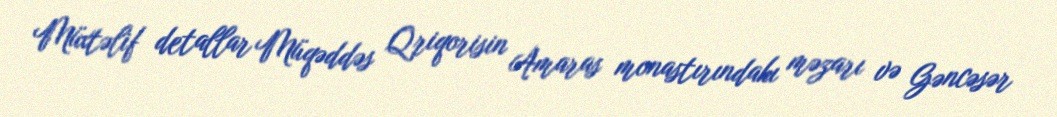
Müxtəlif detallar Müqəddəs Qriqorisin Amaras monastırındakı məzarı və Gəncəsər